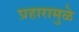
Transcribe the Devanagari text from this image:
प्रहारामुळे